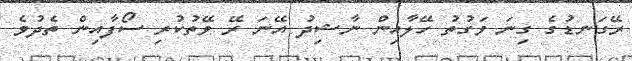
ރޭގަނޑުގެ ގިނަ ވަގުތު ހޭލާއިން ނާޝިދު އޭނަ ރޭ ވޭތުކުރި ސޯފާއިން ތެދުވެ